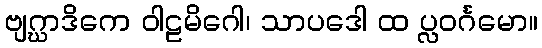
ဗျဂ္ဃာဒိကေ ဝါဠမိဂေါ၊ သာပဒေါ ထ ပ္လဝင်္ဂမော။